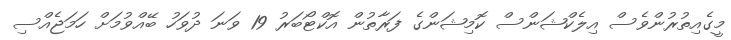
މީގެއިތުރުންވެސް އިލެކްޝަންސް ކޮމިޝަންގެ ފަރާތުން އޮކްޓޯބަރު 19 ވަނަ ދުވަހު ބޭއްވުމަށް ހަމަޖެއްސި